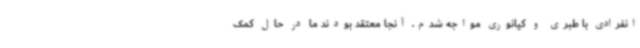
انفرادی با طبری و کیانوری مواجه شدم. آنجا معتقد بودند ما در حال کمک